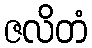
ဇလိတံ